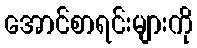
အောင်စာရင်းများကို